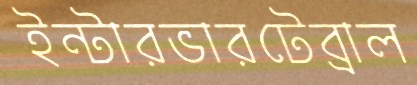
ইন্টারভারটেব্রাল